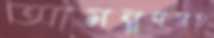
আমন্ত্রণসহ